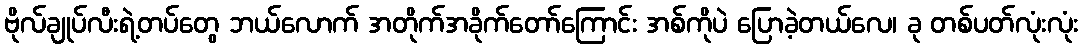
ဗိုလ်ချုပ်လီးရဲ့တပ်တွေ ဘယ်လောက် အတိုက်အခိုက်တော်ကြောင်း အစ်ကိုပဲ ပြောခဲ့တယ်လေ၊ ခု တစ်ပတ်လုံးလုံး